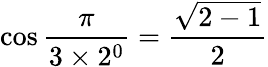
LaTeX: \cos{\frac{\pi}{3\times 2^{0}}}={\frac{\sqrt{2-1}}{2}}